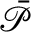
\mathcal { \Bar { P } }